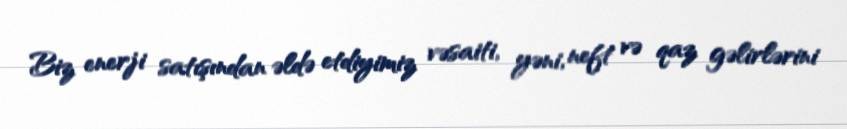
Biz enerji satışından əldə etdiyimiz vəsaiti, yəni, neft və qaz gəlirlərini